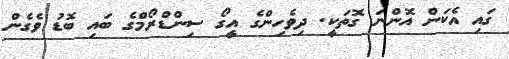
ގައި އެކަން އޮންނަ ގޮތަކީ. ދިވެހިންގެ އީގޯ ސިންޑްރޯމްގެ ބައި ބޮޑު ވެގެން